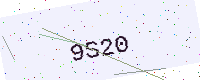
Text: 9S20